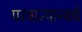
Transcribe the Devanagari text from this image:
परवान्यान्वये